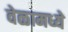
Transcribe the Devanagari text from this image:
वेळामध्ये